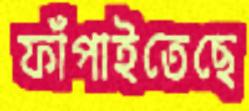
ফাঁপাইতেছে